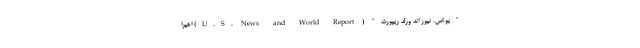
"یو.اس. نیوز اند ورلد ریپورت" ( U.S. News and World Report) اخیرا